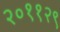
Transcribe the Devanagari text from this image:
२०११२९